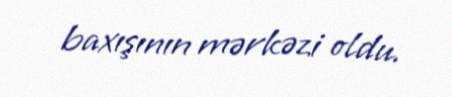
baxışının mərkəzi oldu.